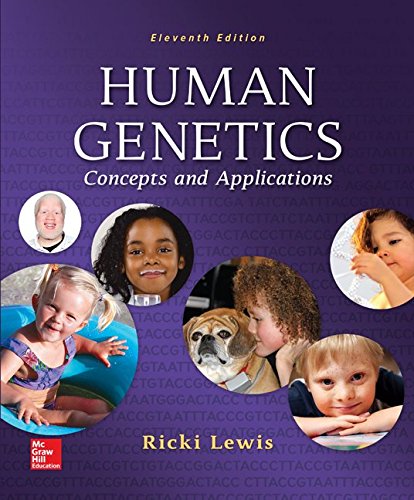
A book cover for Human Genetics; Ricki Lewis; Medical Books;